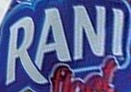
RANI